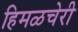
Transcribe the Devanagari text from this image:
हिमळचेरी